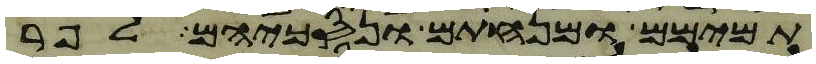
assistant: תמימם ומנחתם ונסכיהם לפר